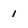
Character: l